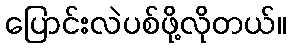
ပြောင်းလဲပစ်ဖို့လိုတယ်။